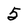
Character: 5